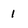
Character: 1